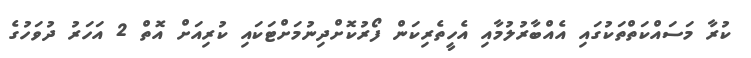
ކުރާ މަސައްކަތްތަކުގައި އެއްބާރުލުމާއި އެހީތެރިކަން ފޯރުކޮށްދިނުމަށްޓަކައި ކުރިއަށް އޮތް 2 އަހަރު ދުވަހުގެ